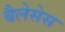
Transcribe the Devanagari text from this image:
बैलेसेस